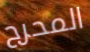
المحرج